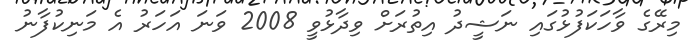
މިރޭގެ ވާހަކަފުޅުގައި ނަޝީދު އިތުރަށް ވިދާޅުވީ 2008 ވަނަ އަހަރު އެ މަނިކުފާނު